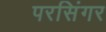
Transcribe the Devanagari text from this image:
परसिंगर